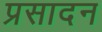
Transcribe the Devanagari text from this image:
प्रसादन